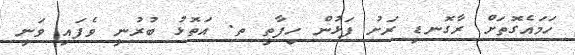
ހަމައެގޮތަށް ރާގޮނޑި ރަށު ފަޅުން ހިފާތީ ތ. އަތޮޅު ބުރުނީ ވެފައި ވަނީ